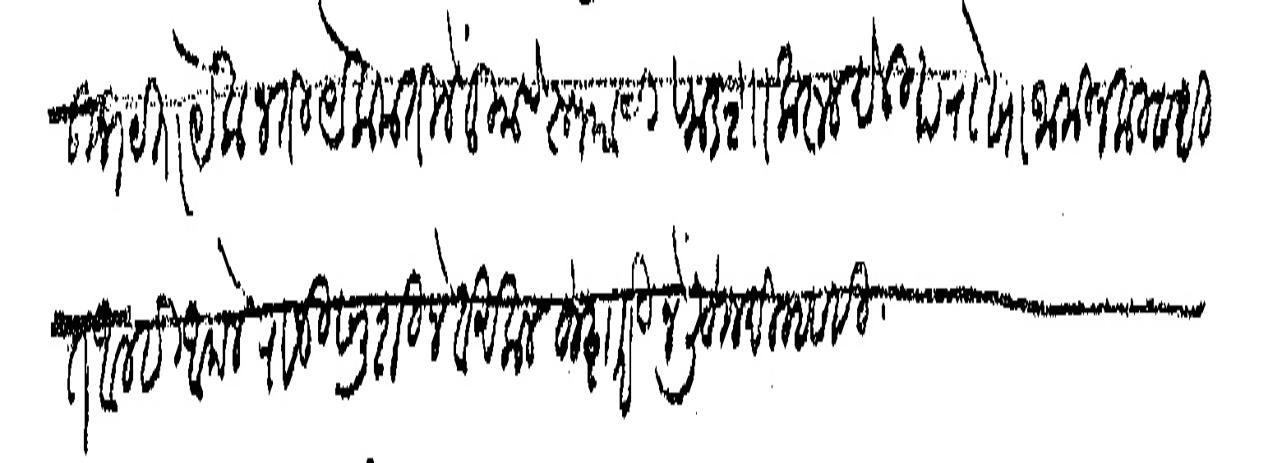
Transliteration (Devanagari): उभयता येकजती येकमतीने तुमचे रुपयाचा फडशा करून देऊ हा रोखा जामीनकी सहि आम्ही आपले राजीखुशीने व अकलहुशारीने लिहून दिल्हा सही